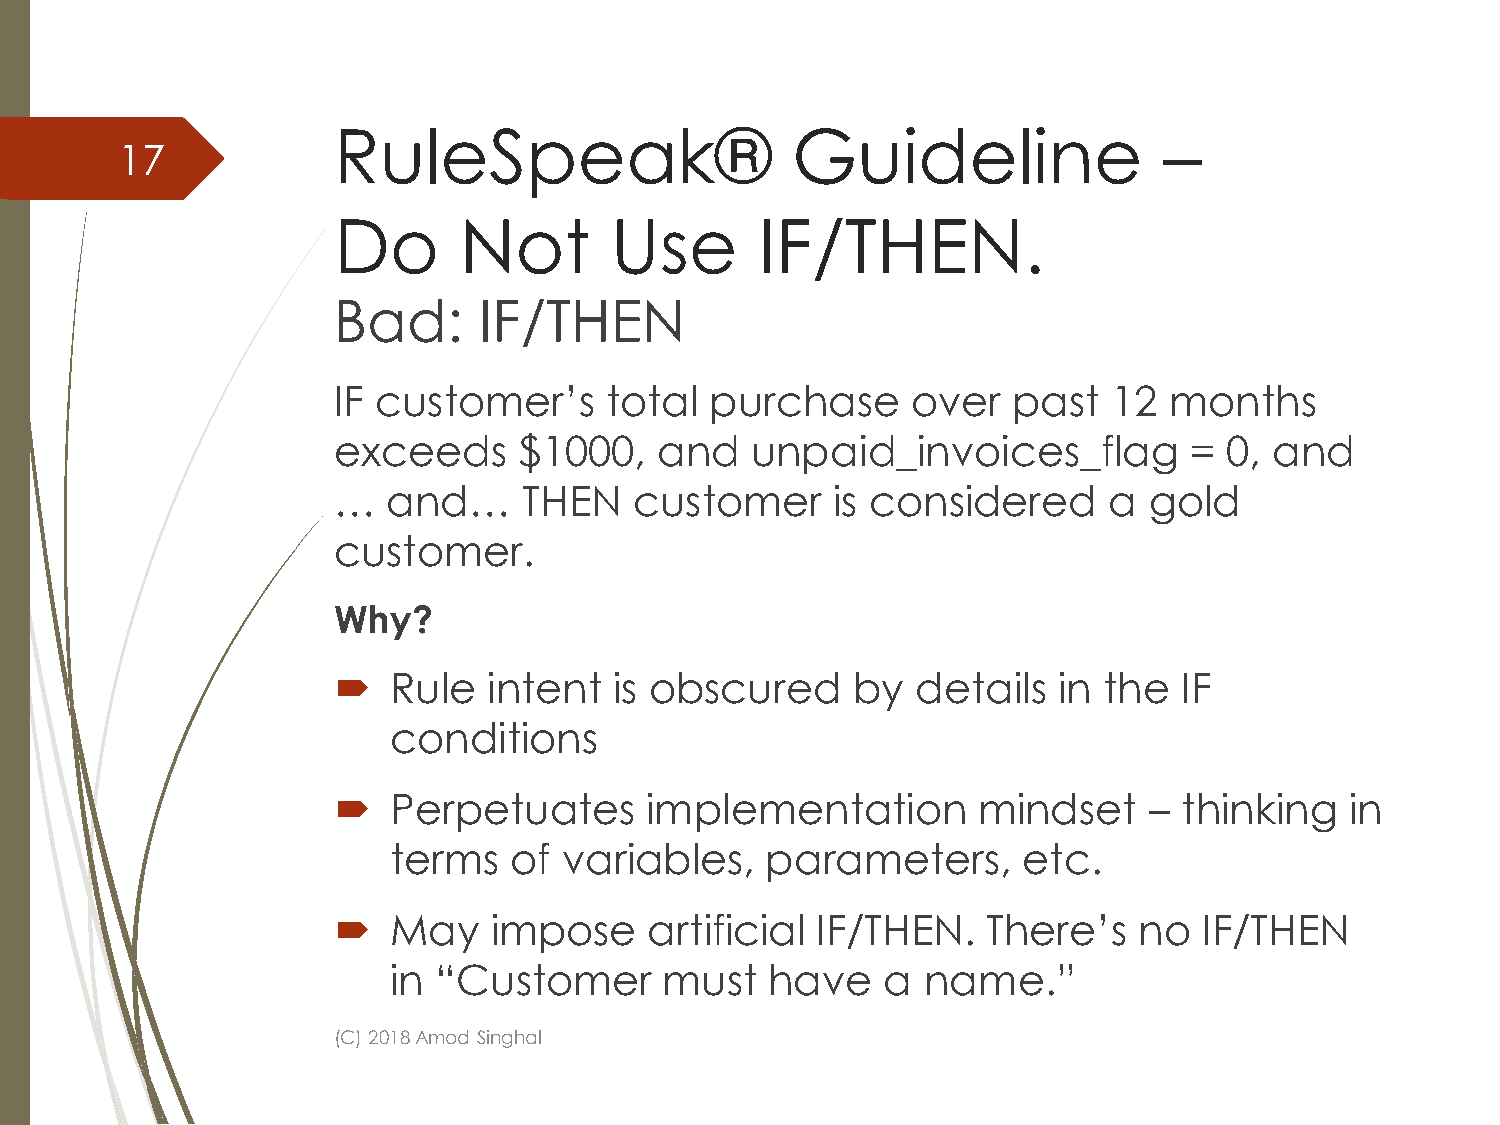
RuleSpeak®                    Guideline                –
 17
 Do      Not       Use       IF/THEN.
 Bad:      IF/THEN
 IF customer’s     total  purchase     over   past   12 months
 exceeds     $1000,    and   unpaid_invoices_flag         = 0, and
 …   and…     THEN   customer     is considered     a  gold
 customer.
 Why?
    Rule  intent   is obscured    by   details  in the  IF
 conditions
    Perpetuates      implementation        mindset    – thinking   in
 terms   of variables,    parameters,      etc.
    May   impose     artificial IF/THEN.   There’s   no   IF/THEN
 in “Customer      must   have    a name.”
 (C) 2018 Amod Singhal